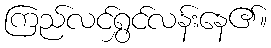
ကြည်လင်ရွှင်လန်းနေ၏။